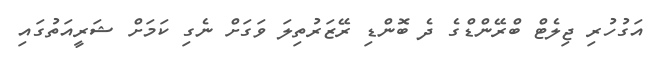
އަގުހުރި ޖިލެޓް ބްރޭންޑްގެ ދެ ބޮންޑި ރޭޒަރުތިލަ ވަގަށް ނެގި ކަމަށް ޝަރީއަތުގައި